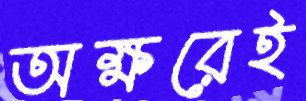
অক্ষরেই